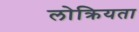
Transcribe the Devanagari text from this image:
लोक्रियता